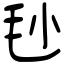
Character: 毜